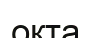
оқта